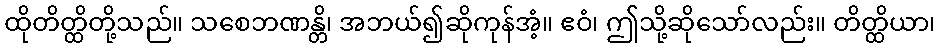
ထိုတိတ္ထိတို့သည်။ သစေဘဏန္တိ၊ အဘယ်၍ဆိုကုန်အံ့။ ဧဝံ၊ ဤသို့ဆိုသော်လည်း။ တိတ္ထိယာ၊